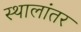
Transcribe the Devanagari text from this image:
स्थालांतर